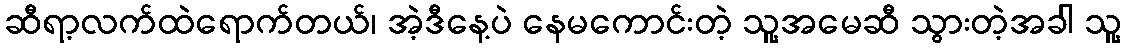
ဆီရာ့လက်ထဲရောက်တယ်၊ အဲ့ဒီနေ့ပဲ နေမကောင်းတဲ့ သူ့အမေဆီ သွားတဲ့အခါ သူ့